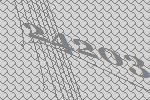
24203